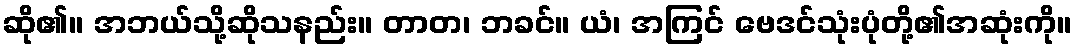
ဆို၏။ အဘယ်သို့ဆိုသနည်း။ တာတ၊ ဘခင်။ ယံ၊ အကြင် ဗေဒင်သုံးပုံတို့၏အဆုံးကို။